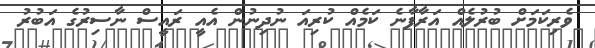
ވެރިކަމަށް ބުރުލެއް އަރާފާނެ ކަމެއް ކުރިއަ ނުދިނުން އެއީ ރައީސް ނާސިރުގެ އަބުރު